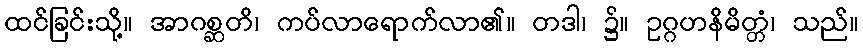
ထင်ခြင်းသို့။ အာဂစ္ဆတိ၊ ကပ်လာရောက်လာ၏။ တဒါ၊ ၌။ ဥဂ္ဂဟနိမိတ္တံ၊ သည်။